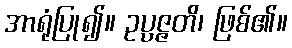
အာရုံပြု၍။ ဥပ္ပဇ္ဇတိ၊ ဖြစ်၏။